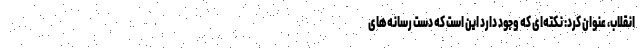
انقلاب، عنوان کرد: نکته‌ای که وجود دارد این است که دست رسانه‌های